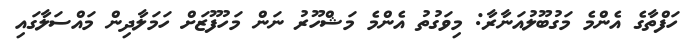
ހަފްތާގެ އެންމެ މަގުބޫލުއަނާރާ: މިވަގުތު އެންމެ މަޝްހޫރު ނަން މަހުފޫޒަށް ހަމަލާދިން މައްސަލާގައި